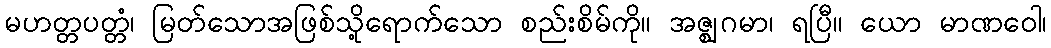
မဟတ္တပတ္တံ၊ မြတ်သောအဖြစ်သို့ရောက်သော စည်းစိမ်ကို။ အဇ္ဈဂမာ၊ ရပြီ။ ယော မာဏဝေါ၊